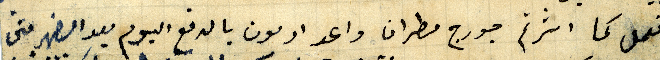
ونعمل كما اشرتم جورج مطران واعد ادمون بالدفع اليوم بعد الضهر متى